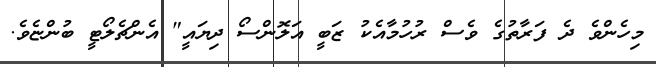
މިހެންވެ ދެ ފަރާތުގެ ވެސް ރުހުމާއެކު ޒަބީ އަލޮންސޯ ދިޔައީ" އެންޗެލޯޓީ ބުންޏެވެ.